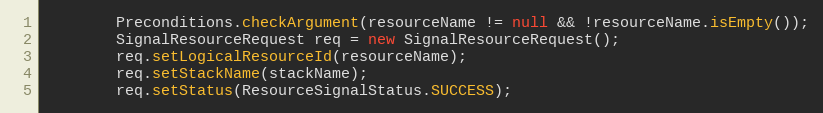
Language: Java
        Preconditions.checkArgument(resourceName != null && !resourceName.isEmpty());
        SignalResourceRequest req = new SignalResourceRequest();
        req.setLogicalResourceId(resourceName);
        req.setStackName(stackName);
        req.setStatus(ResourceSignalStatus.SUCCESS);